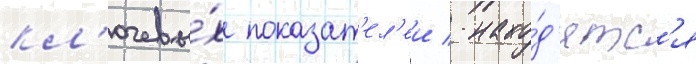
кл'ючевы́х показат'ел'еи / нахо́д'ятс'я